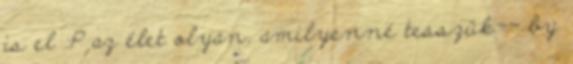
is el :P az élet olyan, amilyenné tesszük-- by